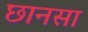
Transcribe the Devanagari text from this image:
छानसा